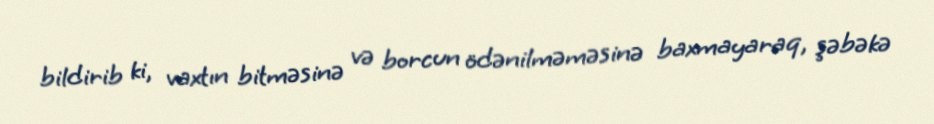
bildirib ki, vaxtın bitməsinə və borcun ödənilməməsinə baxmayaraq, şəbəkə